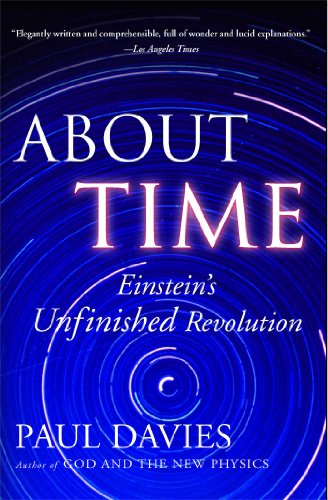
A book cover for About Time: Einstein's Unfinished Revolution; Paul Davies; Science & Math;